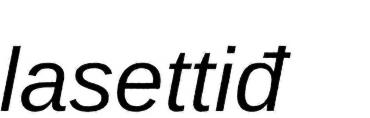
lasettiđ